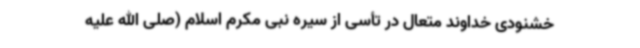
خشنودی خداوند متعال در تأسی از سیره نبی مکرم اسلام (صلی الله علیه